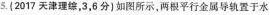
5.{2017天津理综，3，6分)如图所示，两根平行金属导轨置于水